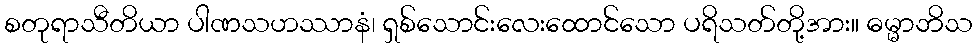
စတုရာသီတိယာ ပါဏသဟဿာနံ၊ ရှစ်သောင်းလေးထောင်သော ပရိသတ်တို့အား။ ဓမ္မာဘိသ